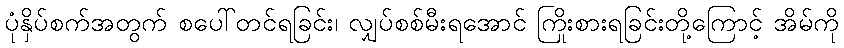
ပုံနှိပ်စက်အတွက် စပေါ်တင်ရခြင်း၊ လျှပ်စစ်မီးရအောင် ကြိုးစားရခြင်းတို့ကြောင့် အိမ်ကို